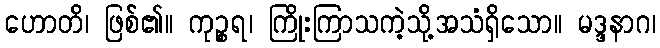
ဟောတိ၊ ဖြစ်၏။ ကုဉ္စရ၊ ကြိုးကြာသကဲ့သို့အသံရှိသော။ မဒ္ဒနာဂ၊